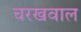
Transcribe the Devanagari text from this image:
चरखवाल